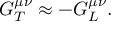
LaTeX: G _ { T } ^ { \mu \nu } \approx - G _ { L } ^ { \mu \nu } .